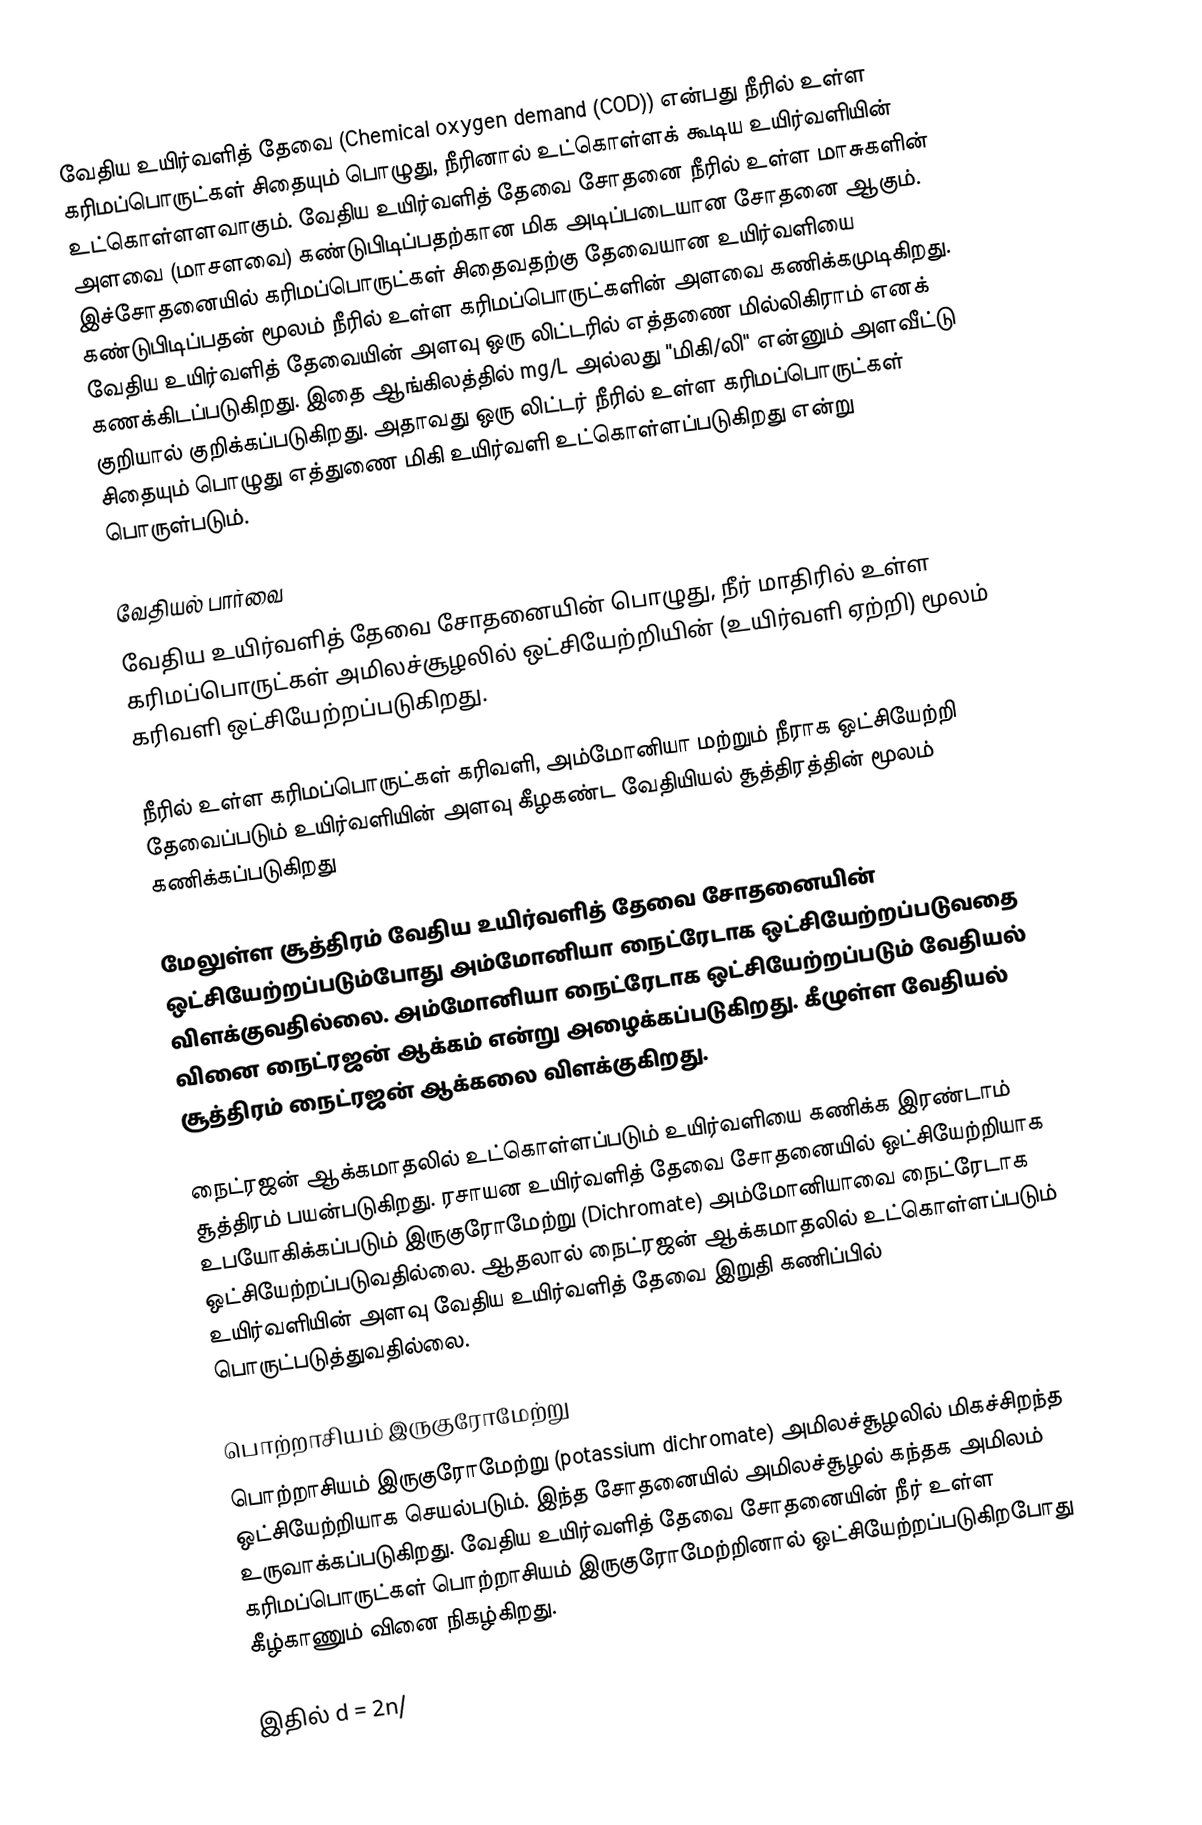
வேதிய உயிர்வளித் தேவை (Chemical oxygen demand (COD)) என்பது நீரில் உள்ள கரிமப்பொருட்கள் சிதையும் பொழுது,  நீரினால் உட்கொள்ளக் கூடிய உயிர்வளியின் உட்கொள்ளளவாகும். வேதிய உயிர்வளித் தேவை சோதனை நீரில் உள்ள மாசுகளின் அளவை (மாசளவை) கண்டுபிடிப்பதற்கான மிக அடிப்படையான சோதனை ஆகும். இச்சோதனையில் கரிமப்பொருட்கள் சிதைவதற்கு தேவையான உயிர்வளியை கண்டுபிடிப்பதன் மூலம் நீரில் உள்ள கரிமப்பொருட்களின் அளவை கணிக்கமுடிகிறது. வேதிய உயிர்வளித் தேவையின் அளவு ஒரு லிட்டரில் எத்தணை மில்லிகிராம் எனக் கணக்கிடப்படுகிறது. இதை ஆங்கிலத்தில் mg/L அல்லது "மிகி/லி" என்னும் அளவீட்டு குறியால் குறிக்கப்படுகிறது. அதாவது ஒரு லிட்டர் நீரில் உள்ள கரிமப்பொருட்கள் சிதையும் பொழுது எத்துணை மிகி உயிர்வளி உட்கொள்ளப்படுகிறது என்று பொருள்படும்.

வேதியல் பார்வை
வேதிய உயிர்வளித் தேவை சோதனையின் பொழுது, நீர் மாதிரில் உள்ள கரிமப்பொருட்கள் அமிலச்சூழலில் ஒட்சியேற்றியின் (உயிர்வளி ஏற்றி) மூலம் கரிவளி ஒட்சியேற்றப்படுகிறது.

நீரில் உள்ள கரிமப்பொருட்கள் கரிவளி, அம்மோனியா மற்றும் நீராக ஒட்சியேற்றி தேவைப்படும் உயிர்வளியின் அளவு கீழகண்ட வேதியியல் சூத்திரத்தின் மூலம் கணிக்கப்படுகிறது

மேலுள்ள சூத்திரம் வேதிய உயிர்வளித் தேவை சோதனையின் ஒட்சியேற்றப்படும்போது அம்மோனியா நைட்ரேடாக ஒட்சியேற்றப்படுவதை விளக்குவதில்லை. அம்மோனியா நைட்ரேடாக ஒட்சியேற்றப்படும் வேதியல் வினை நைட்ரஜன் ஆக்கம் என்று அழைக்கப்படுகிறது. கீழுள்ள வேதியல் சூத்திரம் நைட்ரஜன் ஆக்கலை விளக்குகிறது.

நைட்ரஜன் ஆக்கமாதலில் உட்கொள்ளப்படும் உயிர்வளியை கணிக்க இரண்டாம் சூத்திரம் பயன்படுகிறது. ரசாயன உயிர்வளித் தேவை சோதனையில் ஒட்சியேற்றியாக உபயோகிக்கப்படும் இருகுரோமேற்று (Dichromate) அம்மோனியாவை நைட்ரேடாக ஒட்சியேற்றப்படுவதில்லை. ஆதலால் நைட்ரஜன் ஆக்கமாதலில் உட்கொள்ளப்படும் உயிர்வளியின் அளவு வேதிய உயிர்வளித் தேவை இறுதி கணிப்பில் பொருட்படுத்துவதில்லை.

பொற்றாசியம் இருகுரோமேற்று
பொற்றாசியம் இருகுரோமேற்று (potassium dichromate) அமிலச்சூழலில் மிகச்சிறந்த ஒட்சியேற்றியாக செயல்படும். இந்த சோதனையில் அமிலச்சூழல்  கந்தக அமிலம் உருவாக்கப்படுகிறது. வேதிய உயிர்வளித் தேவை சோதனையின் நீர் உள்ள கரிமப்பொருட்கள் பொற்றாசியம் இருகுரோமேற்றினால் ஒட்சியேற்றப்படுகிறபோது கீழ்காணும் வினை நிகழ்கிறது.

இதில் d = 2n/